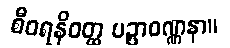
စီဝရနိဝတ္ထ ပဉ္ပာဝဏ္ဏနာ။